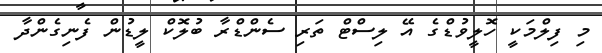
މި ފިލްމަކީ ހޮލީވުޑްގެ އޭ ލިސްޓް ތަރި ސެންޑްރާ ބުލޮކް ލީޑުން ފެނިގެންދާ